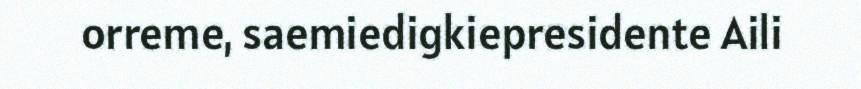
orreme, saemiedigkiepresidente Aili